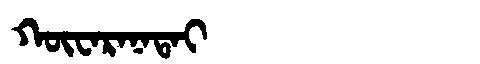
Manchu: ᡴᡡᠸᠠᡵᠠᠨᠠᡨᠠᡳ
Romanization: KŪWARANATAI